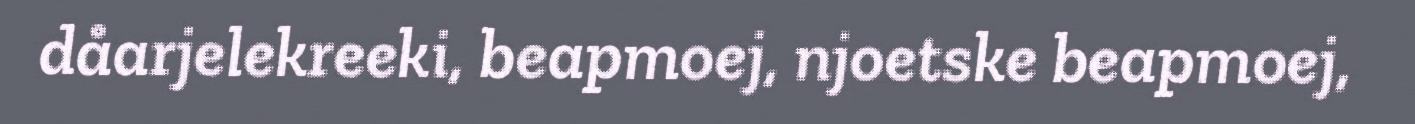
dåarjelekreeki, beapmoej, njoetske beapmoej,